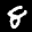
Label: 8